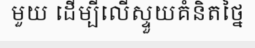
មួយ ដើម្បីលើស្ទួយគំនិតថ្នៃ